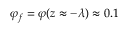
\varphi _ { f } = \varphi ( z \approx - \lambda ) \approx 0 . 1